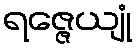
ရဇ္ဇေယျုံ